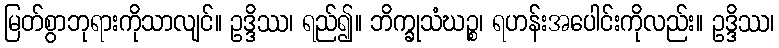
မြတ်စွာဘုရားကိုသာလျင်။ ဥဒ္ဒိဿ၊ ရည်၍။ ဘိက္ခုသံဃဉ္စ၊ ရဟန်းအပေါင်းကိုလည်း။ ဥဒ္ဒိဿ၊